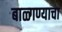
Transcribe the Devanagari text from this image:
बाळ्गण्याचा